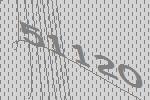
51120